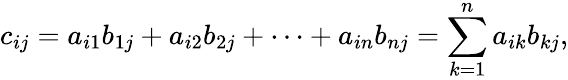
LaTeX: c_{ij}=a_{i1}b_{1j}+a_{i2}b_{2j}+\cdots+a_{in}b_{nj}=\sum_{k=1}^{n}a_{ik}b_{kj},